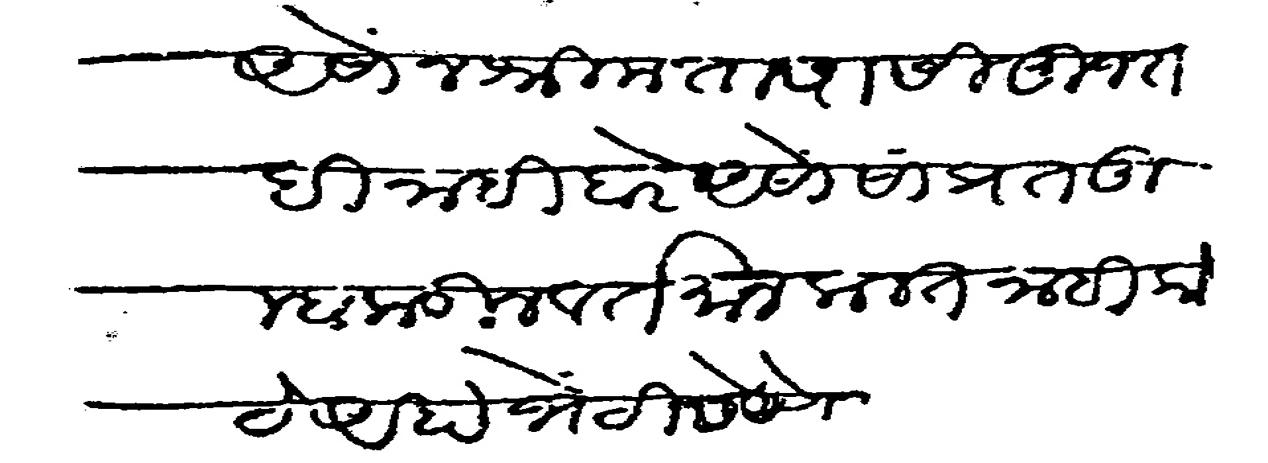
Transliteration (Devanagari): असोन श्रीमंतापासी मुजराही नाही बरे असो सांप्रत तुम्हाकडील वर्तमान कलत नाही कोठे आहा भेटीस येणे